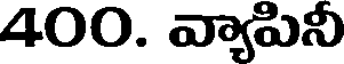
400. వ్యాపినీ